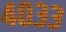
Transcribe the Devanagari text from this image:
४०३३